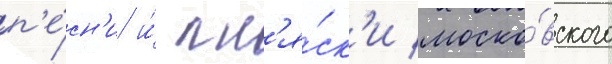
п'е́сн'и и́ пл'я́ск'и моско́вского